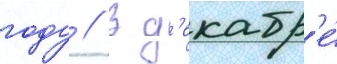
году // В д'екабр'е́